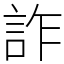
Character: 詐